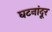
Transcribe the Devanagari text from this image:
घटनांदूर